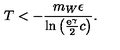
T < - \frac { m _ { W } \epsilon } { \ln \left( \frac { \mathrm { e } ^ { \gamma } } { 2 } c \right) } .